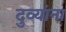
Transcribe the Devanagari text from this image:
दुव्यांना